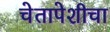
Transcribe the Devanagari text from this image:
चेतापेशीचा